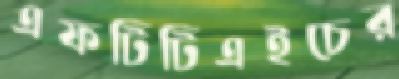
এফটিটিএইচের